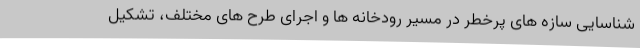
شناسایی سازه های پرخطر در مسیر رودخانه ها و اجرای طرح های مختلف، تشکیل